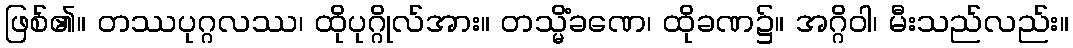
ဖြစ်၏။ တဿပုဂ္ဂလဿ၊ ထိုပုဂ္ဂိုလ်အား။ တသ္မိံခဏေ၊ ထိုခဏ၌။ အဂ္ဂိဝါ၊ မီးသည်လည်း။